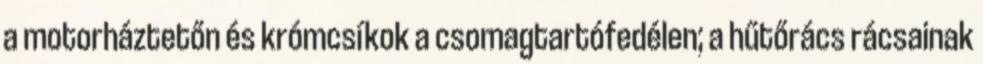
a motorháztetőn és krómcsíkok a csomagtartófedélen; a hűtőrács rácsainak